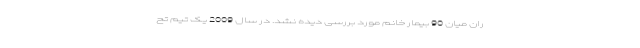
ران میان 90 بیمار خانم مورد بررسی دیده نشد. در سال 2009 یک تیم تح